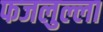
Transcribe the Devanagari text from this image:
फजलुल्ला